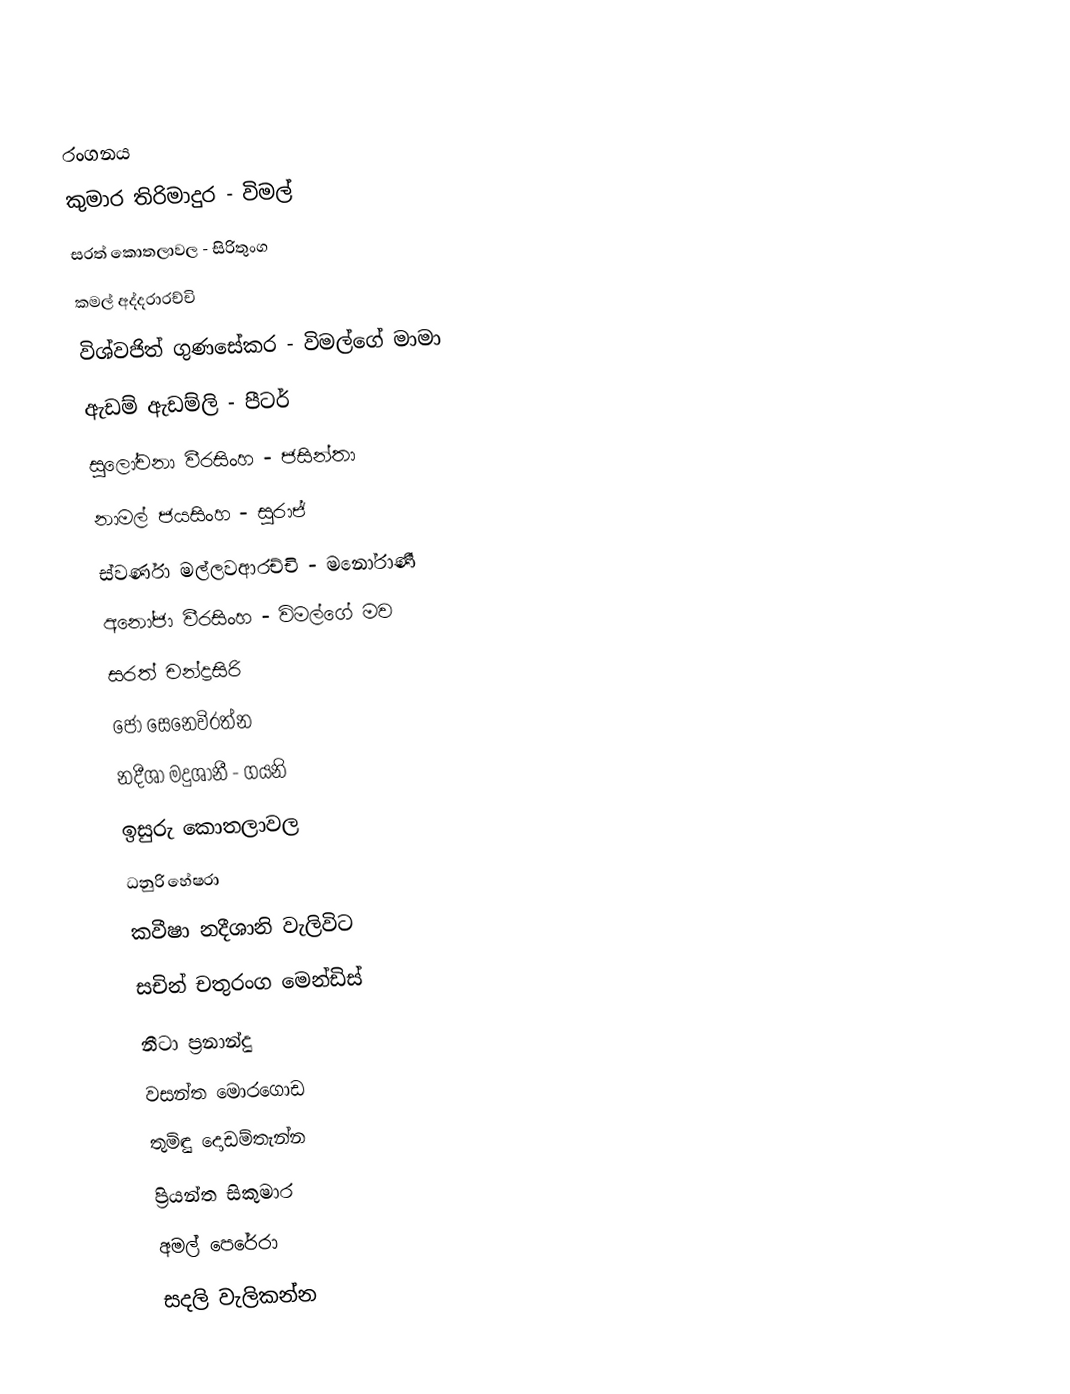

රංගනය
කුමාර තිරිමාදුර - විමල්
සරත් කොතලාවල - සිරිතුංග
කමල් අද්දරාරච්චි
විශ්වජිත් ගුණසේකර - විමල්ගේ මාමා
ඇඩම් ඇඩම්ලි - පීටර්
සුලෝචනා වීරසිංහ - ජසින්තා
නාමල් ජයසිංහ - සුරාජ්
ස්වර්ණා මල්ලවආරච්චි - මනෝරාණී
අනෝජා වීරසිංහ - විමල්ගේ මව
සරත් චන්ද්‍රසිරි
ජෝ සෙනෙවිරත්න
නදීශා මදුශානී - ගයනි
ඉසුරු කොතලාවල
ධනුරි හේෂරා
කවීෂා නදීශානි වැලිවිට
සචින් චතුරංග මෙන්ඩිස්
නීටා ප්‍රනාන්දු
වසන්ත මොරගොඩ
තුමිඳු දොඩම්තැන්න
ප්‍රියන්ත සිකුමාර
අමල් පෙරේරා
සදලි වැලිකන්න